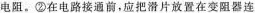
电阻。②在电路接通前，应把滑片放置在变阻器连